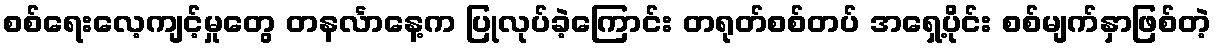
စစ်ရေးလေ့ကျင့်မှုတွေ တနင်္လာနေ့က ပြုလုပ်ခဲ့ကြောင်း တရုတ်စစ်တပ် အရှေ့ပိုင်း စစ်မျက်နှာဖြစ်တဲ့